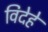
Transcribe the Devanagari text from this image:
विदेहे